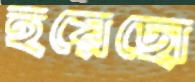
হয়েছো